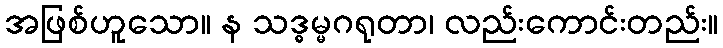
အဖြစ်ဟူသော။ န သဒ္ဓမ္မဂရုတာ၊ လည်းကောင်းတည်း။